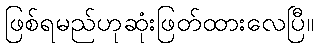
ဖြစ်ရမည်ဟုဆုံးဖြတ်ထားလေပြီ။